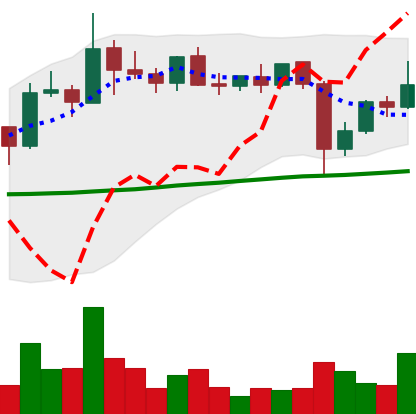
Ticker: XLM-USD
Chart end date: 2021-10-31
Forward return: -3.448%
Label: down_3_5